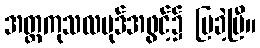
အတ္ထကုသလပုဒ်အဖွင့်၌ ပြခဲ့ပြီ။